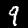
Label: 9